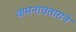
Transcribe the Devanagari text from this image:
वामनावताराने